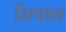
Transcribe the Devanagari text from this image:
शिवाल